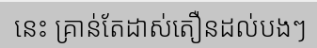
នេះ គ្រាន់តែដាស់តឿនដល់បងៗ